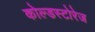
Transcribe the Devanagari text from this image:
कोल्डस्टोरेज